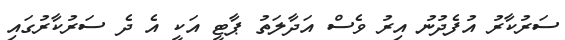
ސަރުކާރު އުފެދުނު އިރު ވެސް އަދާލަތު ޕާޓީ އަކީ އެ ދެ ސަރުކާރުގައި